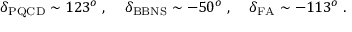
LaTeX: \delta _ { \mathrm { P Q C D } } \sim 1 2 3 ^ { o } \; , \; \; \; \; \delta _ { \mathrm { B B N S } } \sim - 5 0 ^ { o } \; , \; \; \; \; \delta _ { \mathrm { F A } } \sim - 1 1 3 ^ { o } \; .